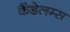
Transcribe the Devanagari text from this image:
कैंडेलम्स